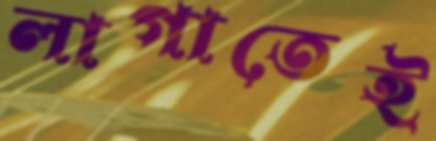
লাগাতেই